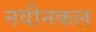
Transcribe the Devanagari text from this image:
नवीनकल